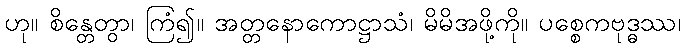
ဟု။ စိန္တေတွာ၊ ကြံ၍။ အတ္တနောကောဋ္ဌာသံ၊ မိမိအဖို့ကို။ ပစ္စေကဗုဒ္ဓဿ၊